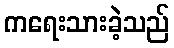
ကရေးသားခဲ့သည်